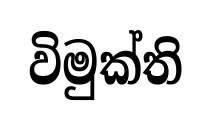
විමුක්ති